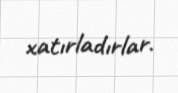
xatırladırlar.